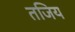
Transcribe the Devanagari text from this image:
तजिय